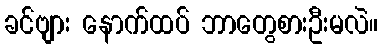
ခင်ဗျား နောက်ထပ် ဘာတွေစားဦးမလဲ။